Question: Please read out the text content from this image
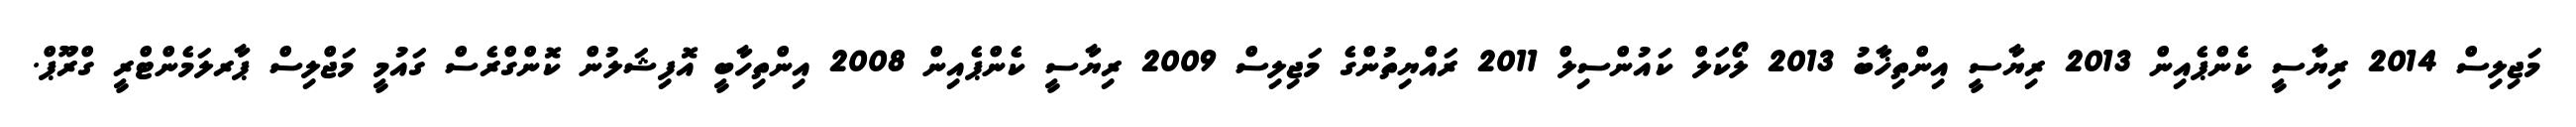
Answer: މަޖިލިސް 2014 ރިޔާސީ ކެންޕެއިން 2013 ރިޔާސީ އިންތިޚާބު 2013 ލޯކަލް ކައުންސިލް 2011 ރައްޔިތުންގެ މަޖިލިސް 2009 ރިޔާސީ ކެންޕެއިން 2008 އިންތިހާބީ އޮފިޝަލުން ކޮންގްރެސް ގައުމީ މަޖްލިސް ޕާރލަމެންޓްރީ ގްރޫޕް.